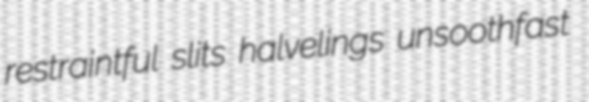
restraintful slits halvelings unsoothfast